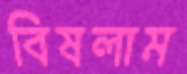
বিষলাম